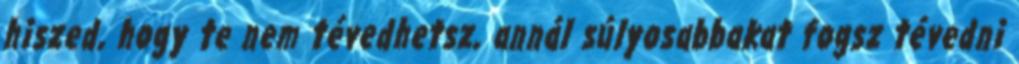
hiszed, hogy te nem tévedhetsz, annál súlyosabbakat fogsz tévedni